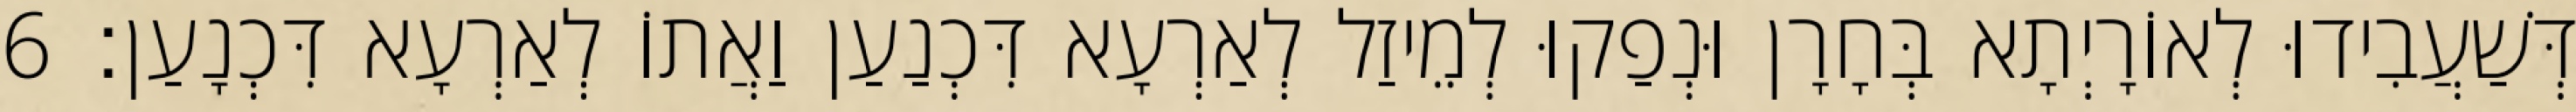
דְּשַׁעֲבִידוּ לְאוֹרָיְתָא בְּחָרָן וּנְפַקוּ לְמֵיזַל לְאַרְעָא דִּכְנַעַן וַאֲתוֹ לְאַרְעָא דִּכְנָעַן׃ 6